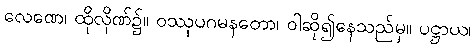
လေဏေ၊ ထိုလိုဏ်၌။ ဝဿုပဂမနတော၊ ဝါဆို၍နေသည်မှ။ ပဋ္ဌာယ၊